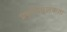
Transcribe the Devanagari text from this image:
प्रवृत्तिमूलकता